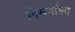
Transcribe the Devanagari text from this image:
निसर्गाला